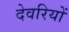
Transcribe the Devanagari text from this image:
देवरियों